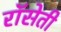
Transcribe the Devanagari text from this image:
रॉसेती